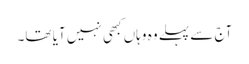
آج سے پہلے وہ وہاں کبھی نہیں آیا تھا۔